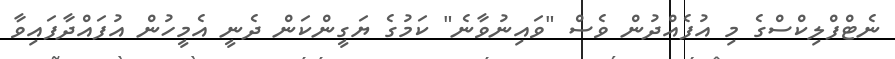
ނެޓްފްލިކްސްގެ މި އުފެއްދުން ވެސް "ވައިނުވާނެ" ކަމުގެ ޔަގީންކަން ދެނީ އެމީހުން އުފައްދާފައިވާ